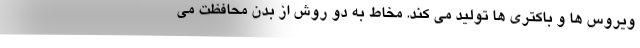
ویروس ها و باکتری ها تولید می کند. مخاط به دو روش از بدن محافظت می